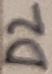
Text: D2